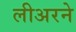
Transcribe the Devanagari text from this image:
लीअरने